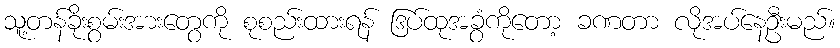
သူ့တန်ခိုးစွမ်းအားတွေကို စုစည်းထားရန် ဒြပ်ထုအခွံကိုတော့ ခဏတာ လိုအပ်နေဦးမည်။